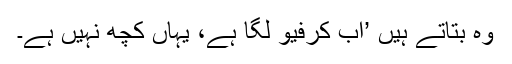
وہ بتاتے ہیں ’اب کرفیو لگا ہے، یہاں کچھ نہیں ہے۔